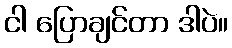
ငါ ပြောချင်တာ ဒါပဲ။